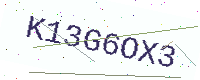
Text: K13G6OX3